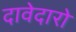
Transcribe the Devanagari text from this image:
दावेदारो